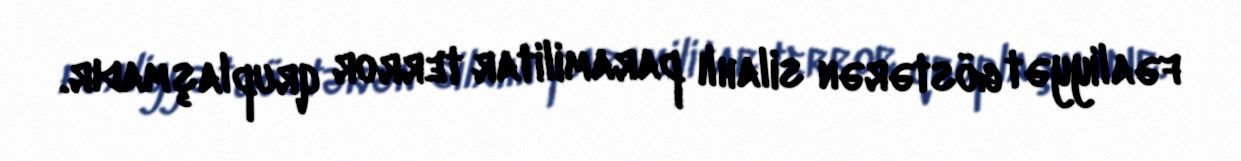
fəaliyyət göstərən silahlı paramilitar terror qruplaşmadır.